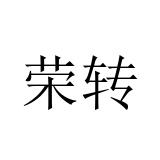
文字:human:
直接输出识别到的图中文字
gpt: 荣转